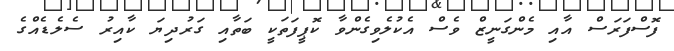
ފޮސްފަރަސް އާއި މެންގަނީޒް ވެސް އެކުލެވިގެންވާ ކޮޕީފަތަކީ ބަތާއި ގަރުދިޔަ ކާއިރު ސެލެޑެއްގެ